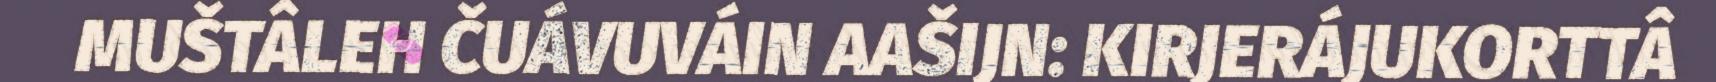
MUŠTÂLEH ČUÁVUVÁIN AAŠIJN: KIRJERÁJUKORTTÂ